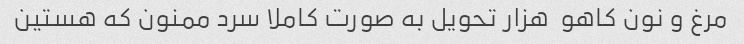
مرغ و نون کاهو  هزار تحویل به صورت کاملا سرد ممنون که هستین